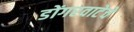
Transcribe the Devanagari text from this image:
डोंगरवाटेचे